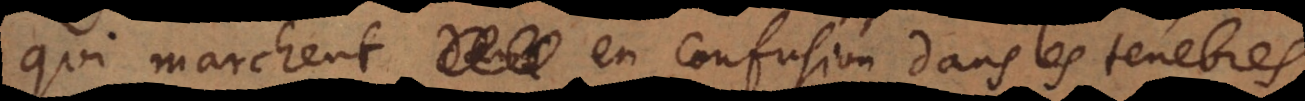
qui marchent en confusion dans les tenebres,